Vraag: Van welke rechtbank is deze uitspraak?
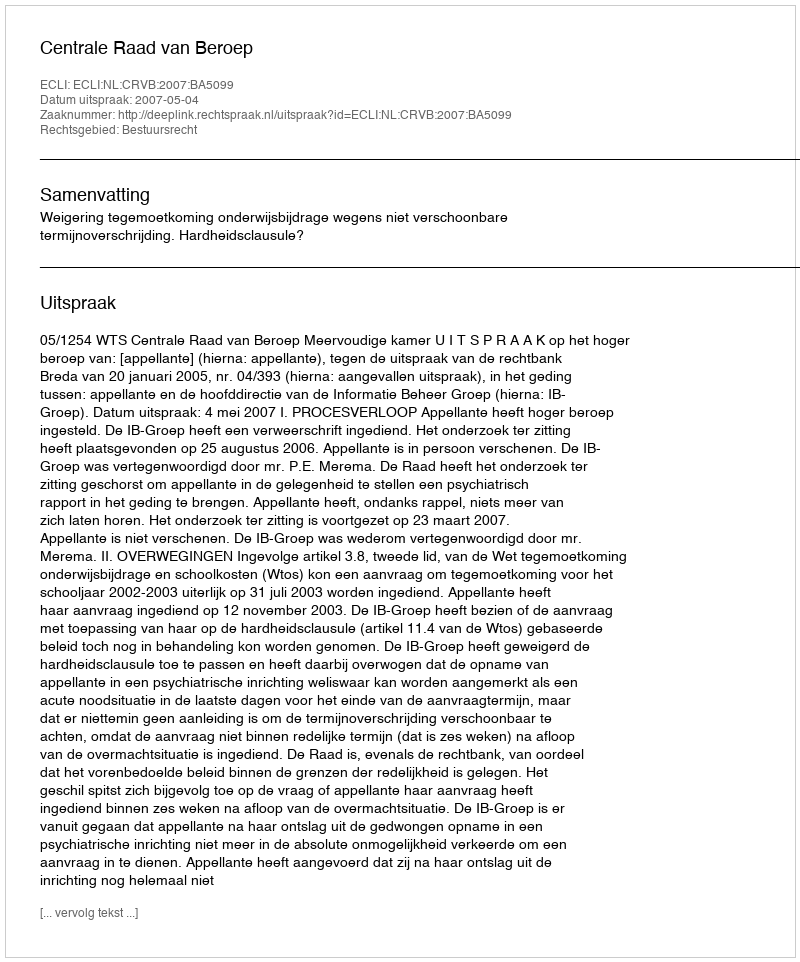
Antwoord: Centrale Raad van Beroep